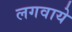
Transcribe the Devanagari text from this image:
लगवाये